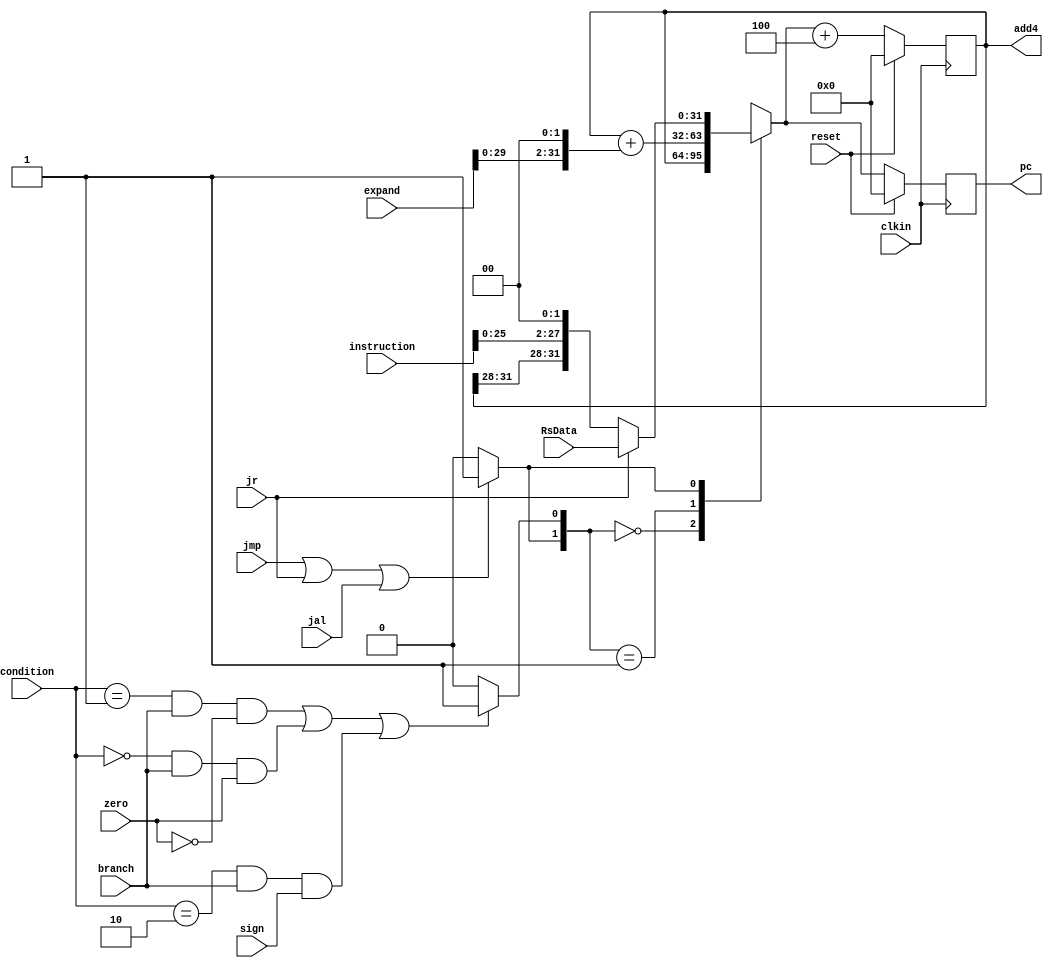
`timescale 1ns / 1ps
module next_pc(
input reset,
input branch, 
input zero, 
input sign,
input jmp, 
input jr,
input jal,
input [1:0] condition,
input clkin,
input [31:0] expand,
input [31:0] instruction,
input [31:0] RsData,
output reg[31:0] pc,
output reg[31:0] add4
); 
    reg[31:0] next_pc;
    wire PCSrc1, PCSrc2;
    wire [31:0] J_Addr,branch_Addr;
    assign branch_Addr = add4 + (expand << 2);
    assign J_Addr =jr ? RsData:{add4[31:28], instruction[25:0], 2'b00}; 
    //PC
        assign PCSrc1 = (condition == 2'b01 & branch & ~zero) || (condition == 2'b00 & branch & zero) || 
            (condition == 2'b10 && branch && sign == 1 )? 1'b1:1'b0;
    assign PCSrc2 = (jmp | jr | jal)? 1'b1:1'b0;
    always@(*)begin
        casex({PCSrc2, PCSrc1})
            2'b00:next_pc<=add4;
            2'b01:next_pc<=branch_Addr;
            2'b1x:next_pc<=J_Addr;
            default:next_pc<=add4;
        endcase
end

initial begin
    pc = 32'h0; add4 = 0;
    end
always@ (posedge clkin)
begin
if(reset) begin pc = 32'h0; add4 = 32'h0; end
else begin pc = next_pc;add4 = pc+4;  end
end

endmodule